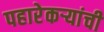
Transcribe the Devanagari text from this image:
पहारेकऱ्यांची